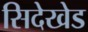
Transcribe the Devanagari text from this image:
सिदेखेड